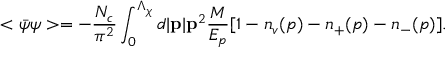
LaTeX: < \bar { \psi } \psi > = - \frac { N _ { c } } { \pi ^ { 2 } } \int _ { 0 } ^ { \Lambda _ { \chi } } d | { \bf p } | { \bf p } ^ { 2 } \frac { M } { E _ { p } } [ 1 - n _ { v } ( p ) - n _ { + } ( p ) - n _ { - } ( p ) ] .